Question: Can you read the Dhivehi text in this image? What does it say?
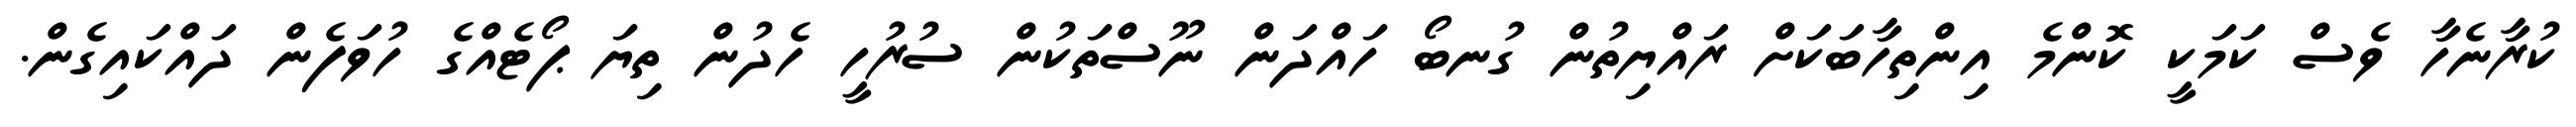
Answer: ކުރާނެހާ ވެސް ކަމަކީ ކޮންމެ އިންތިހާބަކަށް ރައްޔިތުން ގުނބޯ ހައްދަން ނޫސްތަކުން ސުރުހީ ހެދުން ތިޔަ ޕޯޓެއްގެ ހުވަފެން ދައްކައިގެން.